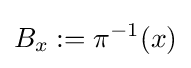
B_{x}:=\pi ^{-1}(x)